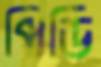
পিডি